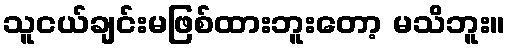
သူငယ်ချင်းမဖြစ်ထားဘူးတော့ မသိဘူး။